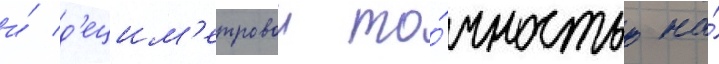
и́ д'ецим'етровои то́чностью на́